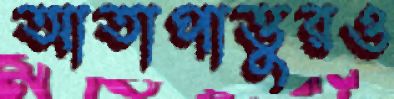
আতাপাত্তুরও